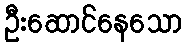
ဦးဆောင်နေသော